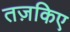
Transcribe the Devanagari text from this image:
तज़किए